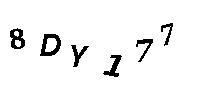
8DY177